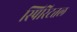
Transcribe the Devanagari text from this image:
स्पिरिटतल